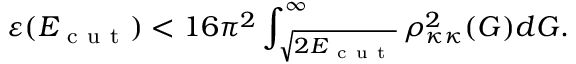
\varepsilon ( E _ { \mathrm { ~ c ~ u ~ t ~ } } ) < 1 6 \pi ^ { 2 } \int _ { \sqrt { 2 E _ { \mathrm { ~ c ~ u ~ t ~ } } } } ^ { \infty } \rho _ { \kappa \kappa } ^ { 2 } ( G ) d G .